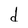
Character: d